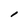
Character: I